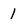
Character: 1